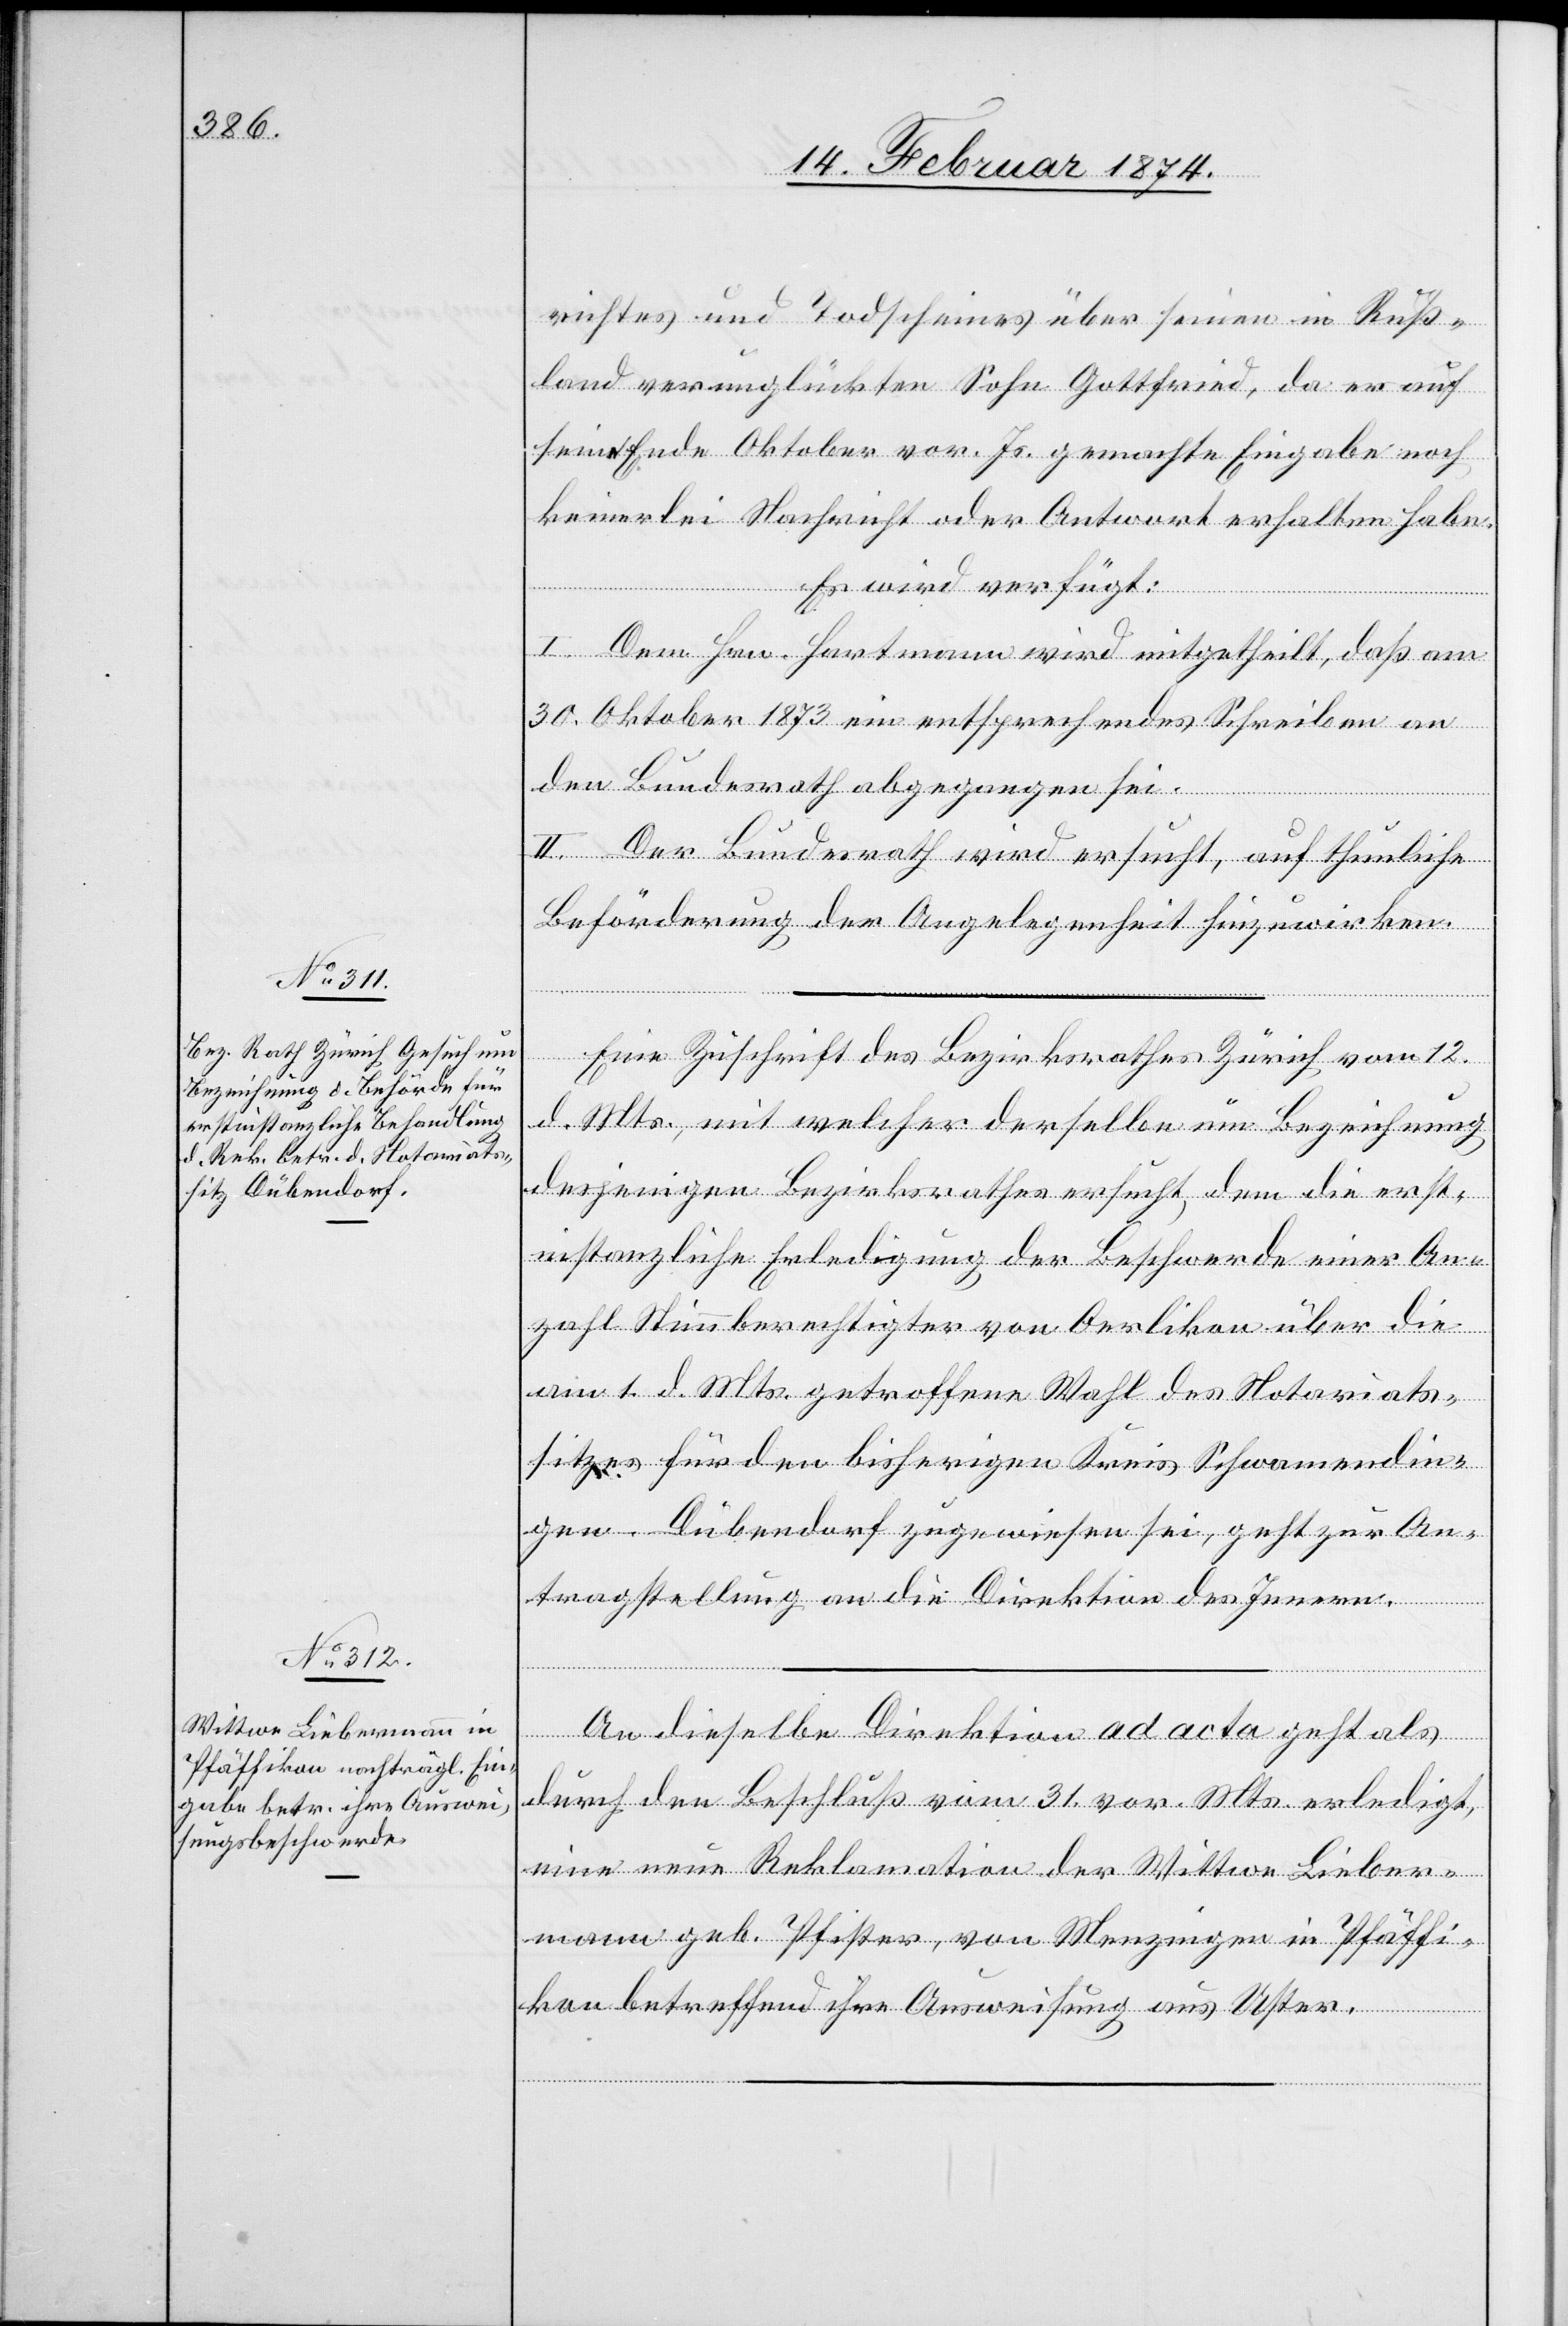
14. Februar 1874.]
richtes und Todscheines über seinen in Ruß¬
land verunglückten Sohn Gottfried, da er auf
seine Ende Oktober vor. Js. gemachte Eingabe noch
keinerlei Nachricht oder Antwort erhalten habe.
Es wird verfügt:
I. Dem Hrn. Hartmann wird mitgetheilt, daß am
30. Oktober 1873 ein entsprechendes Schreiben an
den Bundesrath abgegangen sei.
II. Der Bundesrath wird ersucht, auf thunliche
Beförderung der Angelegenheit hinzuwirken.
Eine Zuschrift des Bezirksrathes Zürich vom 12.
d. Mts., mit welcher derselbe um Bezeichnung
desjenigen Bezirksrathes ersucht, dem die erst¬
instanzliche Erledigung der Beschwerde eine An¬
zahl Stimmberechtigter von Oerlikon über die
am 1. d. Mts. getroffene Wahl des Notariats¬
sitzes für den bisherigen Kreis Schwamendin¬
gen-Dübendorf zugewiesen sei, geht zur An¬
tragstellung an die Direktion des Innern.
An dieselbe Direktion ad acta geht als
durch den Beschluß vom 31. vor. Mts. erledigt,
eine neue Reklamation der Wittwe Lieber¬
mann geb. Pfister, von Menzingen in Pfäffi¬
kon betreffend ihre Ausweisung aus Uster.